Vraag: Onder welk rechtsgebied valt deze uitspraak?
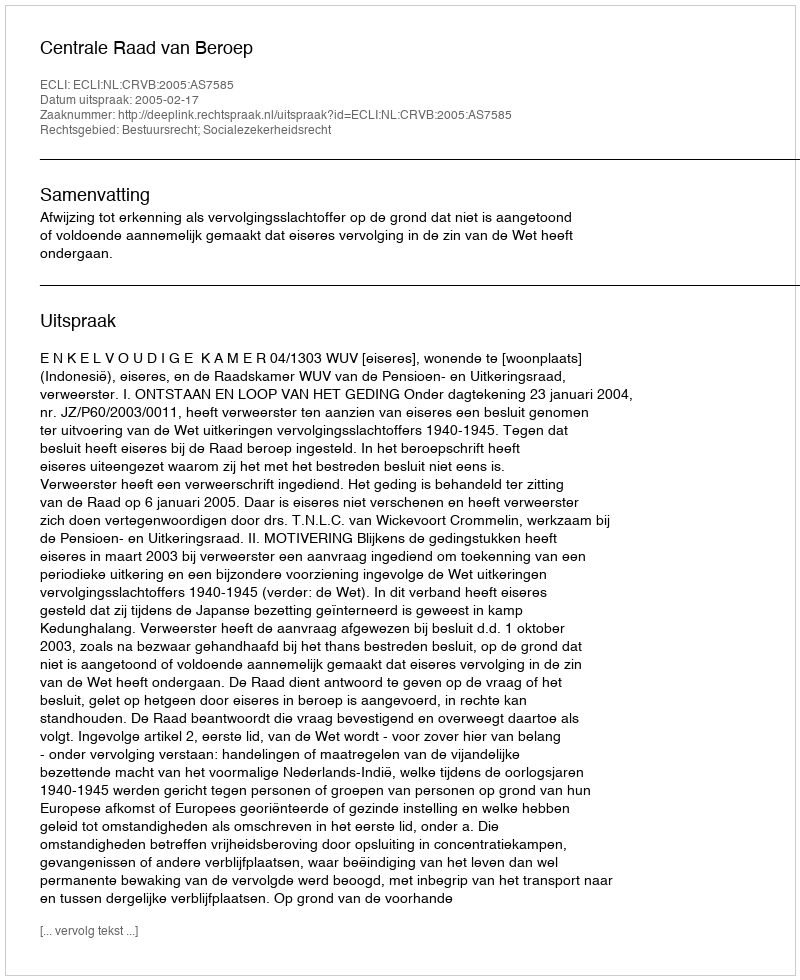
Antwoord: Bestuursrecht; Socialezekerheidsrecht